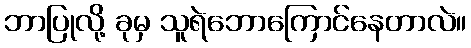
ဘာပြုလို့ ခုမှ သူရဲဘောကြောင်နေတာလဲ။